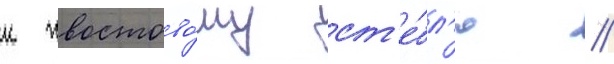
к хвостово́му ст'е́бл'ю //